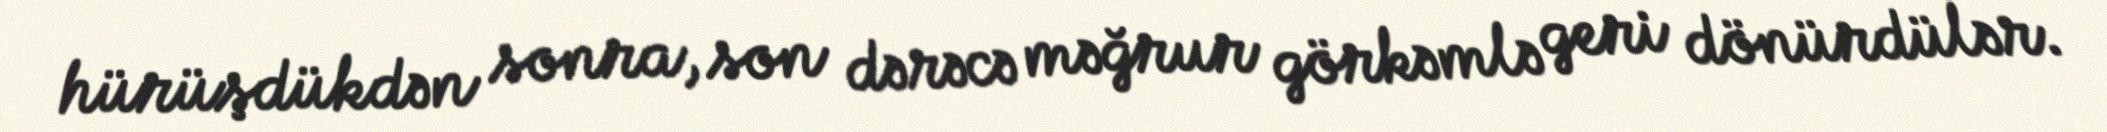
hürüşdükdən sonra, son dərəcə məğrur görkəmlə geri dönürdülər.